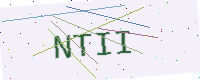
Text: NTII